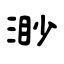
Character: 渺